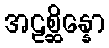
အဠစ္ဆိန္နော